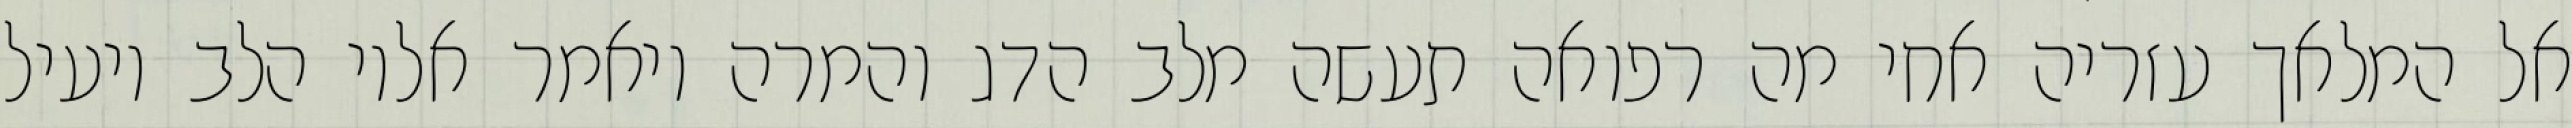
אל המלאך עזריה אחי מה רפואה תעשה מלב הדג והמרה ויאמר אליו הלב יועיל